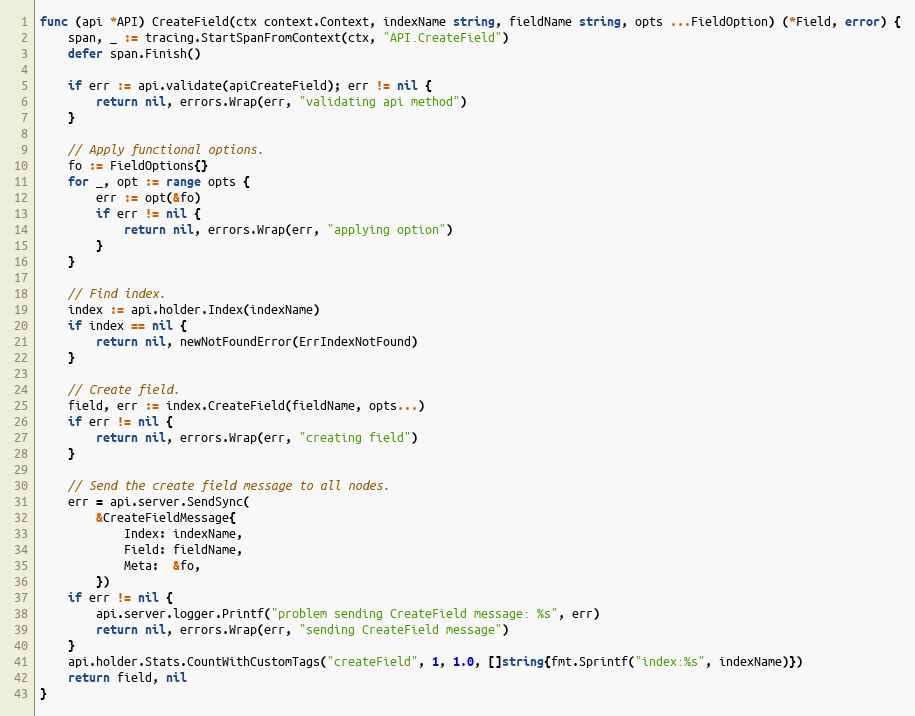
Language: Go
func (api *API) CreateField(ctx context.Context, indexName string, fieldName string, opts ...FieldOption) (*Field, error) {
	span, _ := tracing.StartSpanFromContext(ctx, "API.CreateField")
	defer span.Finish()

	if err := api.validate(apiCreateField); err != nil {
		return nil, errors.Wrap(err, "validating api method")
	}

	// Apply functional options.
	fo := FieldOptions{}
	for _, opt := range opts {
		err := opt(&fo)
		if err != nil {
			return nil, errors.Wrap(err, "applying option")
		}
	}

	// Find index.
	index := api.holder.Index(indexName)
	if index == nil {
		return nil, newNotFoundError(ErrIndexNotFound)
	}

	// Create field.
	field, err := index.CreateField(fieldName, opts...)
	if err != nil {
		return nil, errors.Wrap(err, "creating field")
	}

	// Send the create field message to all nodes.
	err = api.server.SendSync(
		&CreateFieldMessage{
			Index: indexName,
			Field: fieldName,
			Meta:  &fo,
		})
	if err != nil {
		api.server.logger.Printf("problem sending CreateField message: %s", err)
		return nil, errors.Wrap(err, "sending CreateField message")
	}
	api.holder.Stats.CountWithCustomTags("createField", 1, 1.0, []string{fmt.Sprintf("index:%s", indexName)})
	return field, nil
}